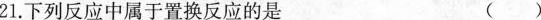
21.下列反应中属于置换反应的是 ( )